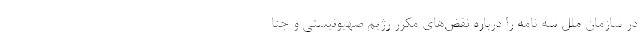
در سازمان ملل سه نامه را درباره نقض‌های مکرر رژیم صهیونیستی و جنا